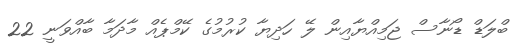
ބްލަޑް ޑޯނާސް ޖަމިއްޔާއިން ލޭ ހަދިޔާ ކުރުމުގެ ކޭމްޕެއް މާދަމާ ބާއްވަނީ 22